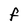
Character: F